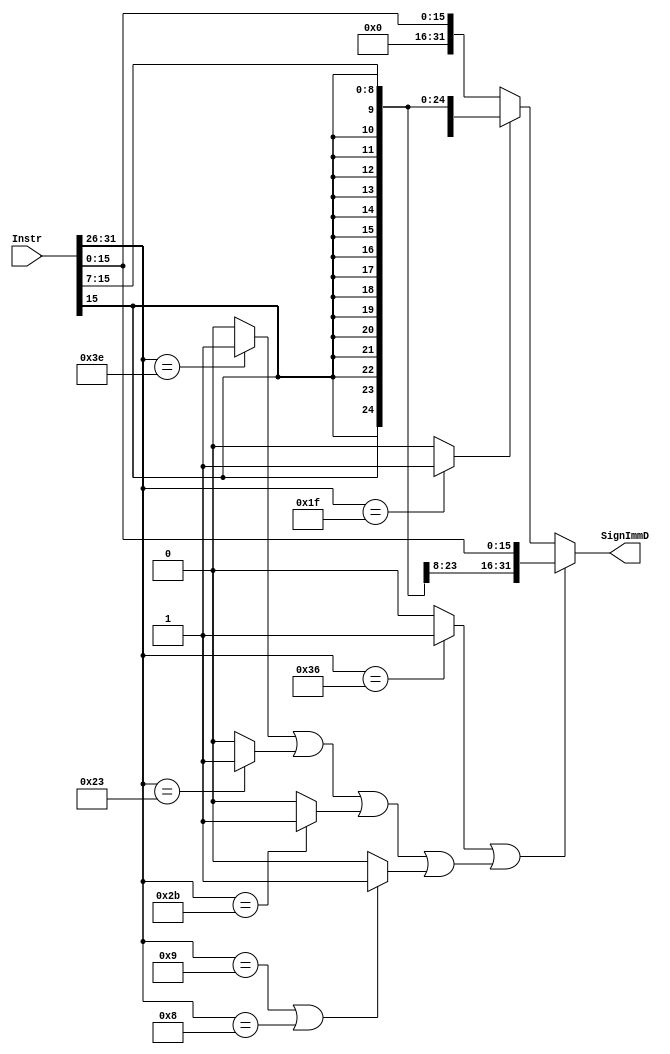
`timescale 1ns / 1ps
//////////////////////////////////////////////////////////////////////////////////
// Company: 
// Engineer: 
// 
// Design Name: 
// Module Name:    EXT 
// Project Name: 
// Target Devices: 
// Tool versions: 
// Description: 
//
// Dependencies: 
//
// Revision: 
// Revision 0.01 - File Created
// Additional Comments: 
//
//////////////////////////////////////////////////////////////////////////////////
module EXT(
	input [31:0]Instr,
	output [31:0]SignImmD
    );
	wire r,addu,subu,ori,lw,sw,beq,lui,nop,jialc,ji;
	assign r=(Instr[31:26]==6'b000000)?1:0,
			ori=(Instr[31:26]==6'b001101)?1:0,
			lw=(Instr[31:26]==6'b100011)?1:0,
			lwe=(Instr[31:26]==6'b011111)?1:0,
			sw=(Instr[31:26]==6'b101011)?1:0,
			beq=(Instr[31:26]==6'b000100)?1:0,
			lui=(Instr[31:26]==6'b001111)?1:0,
			addi=(Instr[31:26]==6'b001001|Instr[31:26]==6'b001000)?1:0,
			jialc=((Instr[31:26]==6'b111110)?1:0),
			ji=((Instr[31:26]==6'b110110)?1:0);

	assign addu=(((r==1)&&(Instr[5:0]==6'b100001))?1:0),
			subu=(((r==1)&&(Instr[5:0]==6'b100011))?1:0);
	assign SignImmD=((ji||jialc|lw|sw|addi)?{{16{Instr[15]}},Instr[15:0]}:(lwe?{{23{Instr[15]}},Instr[15:7]}:{16'b0,Instr[15:0]}));		

endmodule